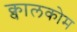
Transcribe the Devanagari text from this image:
क्वालकोम